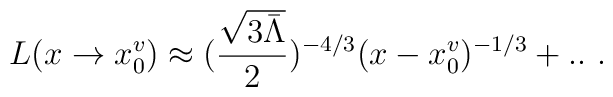
L(x\rightarrow x^v_0)\approx(\frac{\sqrt{3\bar\Lambda}}{2})^{-4/3} (x-x^v_0)^{-1/3}+..  \ .